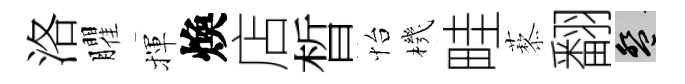
洛臞揮煥店晳怡機畦藜翻盤